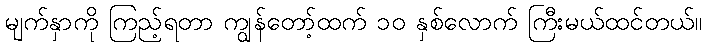
မျက်နှာကို ကြည့်ရတာ ကျွန်တော့်ထက် ၁၀ နှစ်လောက် ကြီးမယ်ထင်တယ်။